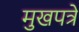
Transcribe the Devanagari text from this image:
मुखपत्रे